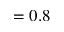
= 0 . 8